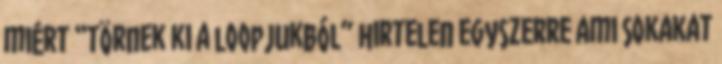
miért “törnek ki a loopjukból” hirtelen egyszerre ami sokakat